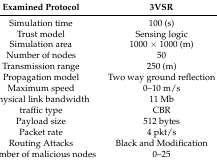
| Examined Protocol | 3VSR |
 | --- | --- |
 | Simulation time | 100 (s) |
 | Trust model | Sensing logic |
 | Simulation area | 1000 × 1000 (m) |
 | Number of nodes | 50 |
 | Transmission range | 250 (m) |
 | Propagation model | Two way ground reflection |
 | Maximum speed | 0–10 m/s |
 | Physical link bandwidth | 11 Mb |
 | traffic type | CBR |
 | Payload size | 512 bytes |
 | Packet rate | 4 pkt/s |
 | Routing Attacks | Black and Modification |
 | Number of malicious nodes | 0–25 |